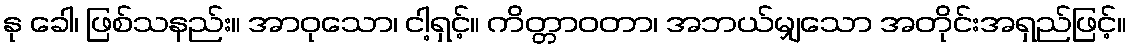
နု ခေါ၊ ဖြစ်သနည်း။ အာဝုသော၊ ငါ့ရှင့်။ ကိတ္တာဝတာ၊ အဘယ်မျှသော အတိုင်းအရှည်ဖြင့်။